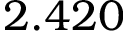
2 . 4 2 0